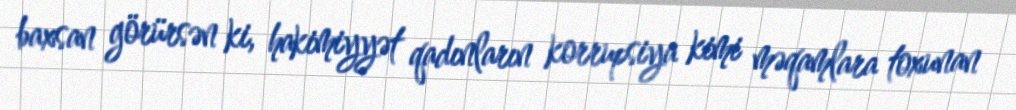
baxsan görürsən ki, hakimiyyət qadınların korrupsiya kimi məqamlara toxunan